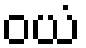
ဝယံ